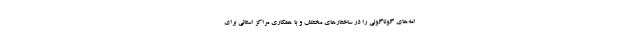
امه‌های گوناگونی را در ساختارهای مختلف و با همکاری مراکز استانی برای